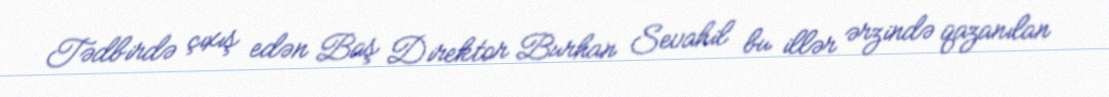
Tədbirdə çıxış edən Baş Direktor Burhan Sevahil bu illər ərzində qazanılan